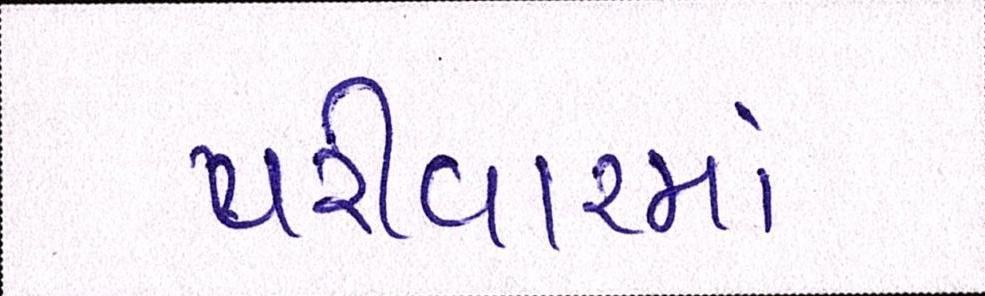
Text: પરીવારમાં